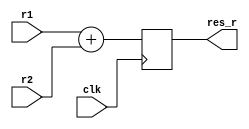
module add_test_2
(
	input wire clk,
	input wire[15:0] r1,
	input wire[15:0] r2,
	output reg[15:0] res_r
);
	always@(posedge clk)
	 res_r <= r1+r2;
	 
endmodule